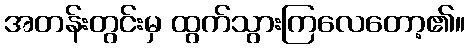
အတန်းတွင်းမှ ထွက်သွားကြလေတော့၏။